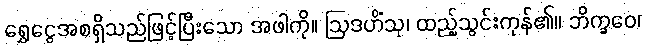
ရွှေငွေအစရှိသည်ဖြင့်ပြီးသော အဖါကို။ ဩဒဟိံသု၊ ထည့်သွင်းကုန်၏။ ဘိက္ခဝေ၊